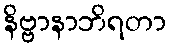
နိဗ္ဗာနာဘိရတာ